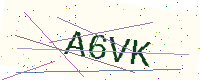
Text: A6VK